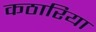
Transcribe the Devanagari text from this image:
कठारिया